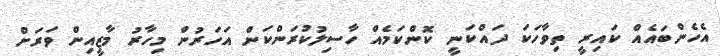
އެހެންބައެއް ކައިރީ ތިވާހަކަ ދައްކަނީ ކޮންކަމެއް ހާސިލުކުރަންކަން އަހަރުން މިހާރު މާޒީއިން ވަރަށް